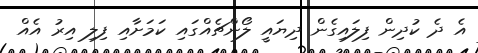
އެ ދެ ކުދިން ފިލައިގެން ދިޔައީ ލޯންޗެއްގައި ކަމަށާއި ފިލި އިރު އެއް